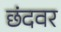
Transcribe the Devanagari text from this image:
छंदवर